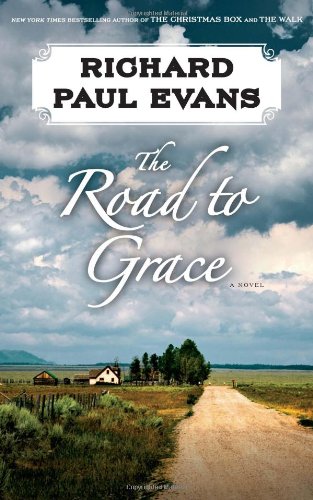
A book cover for The Road to Grace (The Walk); Richard Paul Evans; Romance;